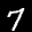
Label: 7